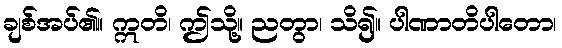
ချစ်အပ်၏။ ဣတိ၊ ဤသို့။ ညတွာ၊ သိ၍။ ပါဏာတိပါတော၊